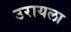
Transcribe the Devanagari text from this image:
उरायला